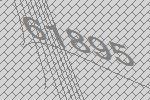
61895